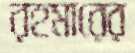
রহমারের